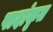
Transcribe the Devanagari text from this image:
पादांकृत